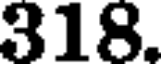
318.